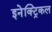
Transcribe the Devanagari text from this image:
इनेक्‍ट्रिकल